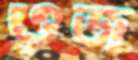
ওজ